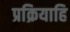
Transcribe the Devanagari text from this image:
प्रक्रियाहि